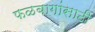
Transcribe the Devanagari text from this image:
फळबागांसाठी